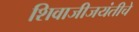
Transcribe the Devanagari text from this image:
शिवाजीजयंतीचे